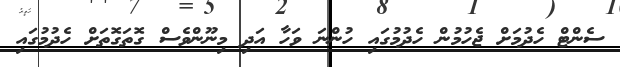
ސެންޓް ހެދުމަށް ޖެހުމުން ހެދުމުގައި ހުންނަ ވަހާ އަދި މިނޫންވެސް ގޮތަގޮތަށް ހެދުމުގައި